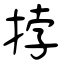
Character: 挬